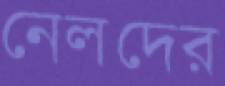
নেলদের